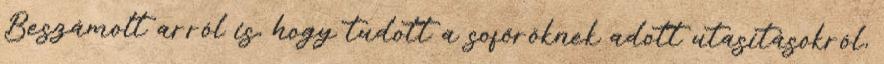
Beszámolt arról is, hogy tudott a sofőröknek adott utasításokról,